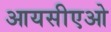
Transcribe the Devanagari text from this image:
आयसीएओ